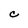
Character: C